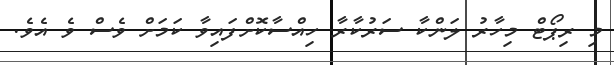
މި ރިޕޯޓް މިހާރު ލަންކާ ސަރުކާރާ ހިއްސާކޮށްފައިވާ ކަމަށް ވެސް ވެ އެވެ.